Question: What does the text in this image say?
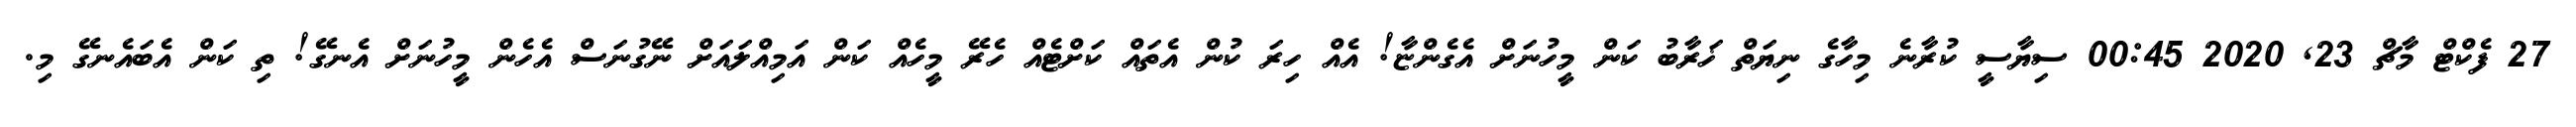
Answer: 27 ފެކްޓް މާޗް 23, 2020 00:45 ސިޔާސީ ކުރާނެ މިހާގެ ނިޔަތް ޚަރާބު ކަން މީހުނަށް އެގެންޏާ! އެއް ހިރަ ކުން އެތައް ކަށްޓެއް ހެރޭ މީހެއް ކަން އަމިއްލައަށް ނޭގުނަސް އެހެން މީހުނަށް އެނގޭ! ތި ކަން އެބައެނގޭ މި.